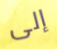
إلى